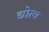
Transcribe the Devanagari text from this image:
द्योत्य